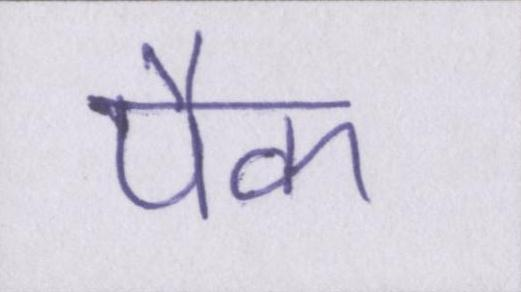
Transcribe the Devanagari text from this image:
पैक